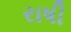
રાષી